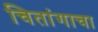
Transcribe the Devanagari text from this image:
चितांगाचा